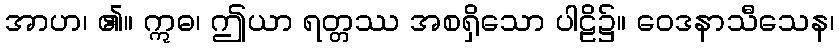
အာဟ၊ ၏။ ဣဓ၊ ဤယာ ရတ္တဿ အစရှိသော ပါဠိ၌။ ဝေဒနာသီသေန၊